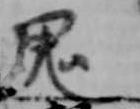
鬼